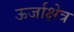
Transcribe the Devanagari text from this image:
ऊर्जाक्षेत्र